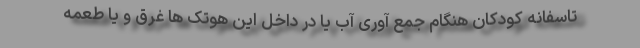
تاسفانه کودکان هنگام جمع آوری آب یا در داخل این هوتک ها غرق و یا طعمه